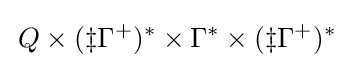
\,Q\times (\ddagger \Gamma ^{+})^{*}\times \Gamma ^{*}\times (\ddagger \Gamma ^{+})^{*}